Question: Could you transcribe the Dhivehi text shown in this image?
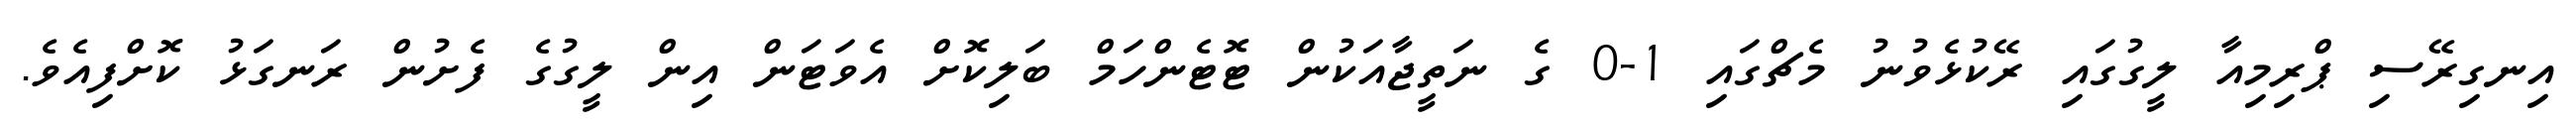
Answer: އިނގިރޭސި ޕްރިމިއާ ލީގުގައި ރޭކުޅެވުނު މެޗްގައި 1-0 ގެ ނަތީޖާއަކުން ޓޮޓެންހަމް ބަލިކޮށް އެވަޓަން އިން ލީގުގެ ފެށުން ރަނގަޅު ކޮށްފިއެވެ.